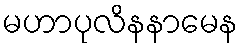
မဟာပုလိနနာမေန